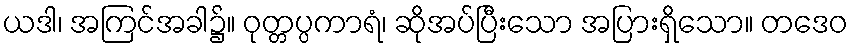
ယဒါ၊ အကြင်အခါ၌။ ဝုတ္တပ္ပကာရံ၊ ဆိုအပ်ပြီးသော အပြားရှိသော။ တဒေဝ